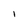
Character: 1